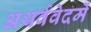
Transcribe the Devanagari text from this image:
अथर्ववेदमें